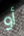
أو